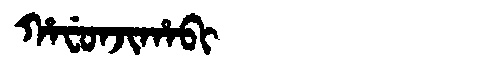
Manchu: ᡥᠠᠸᡠᠨᠵᡳᡥᠠᠪᡳ
Romanization: HAFUNJIHABI